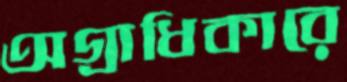
অগ্রাধিকারে